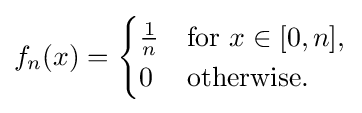
f_{n}(x)={\begin{cases}{\frac {1}{n}}&{\text{for }}x\in [0,n],\\0&{\text{otherwise.}}\end{cases}}